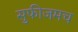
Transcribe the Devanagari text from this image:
सुफीजमच